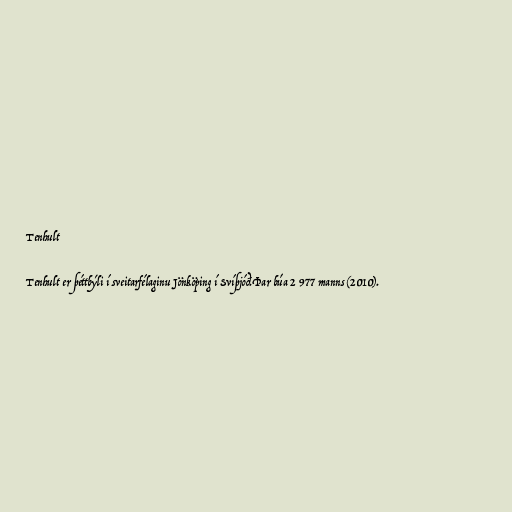
Tenhult

Tenhult er þéttbýli í sveitarfélaginu Jönköping í Svíþjóð.Þar búa 2 977 manns (2010).